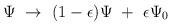
LaTeX: \begin{align*}\Psi \ \to \ (1-\epsilon) \Psi \ + \ \epsilon \Psi_0\end{align*}